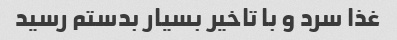
غذا سرد و با تاخیر بسیار بدستم رسید